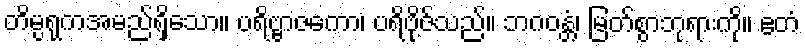
တိမ္ပရုကအမည်ရှိသော။ ပရိဗ္ဗာဇကော၊ ပရိဗိုဇ်သည်။ ဘဂဝန္တံ၊ မြတ်စွာဘုရားကို။ ဧတံ